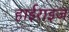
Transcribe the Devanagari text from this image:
हाईराइज